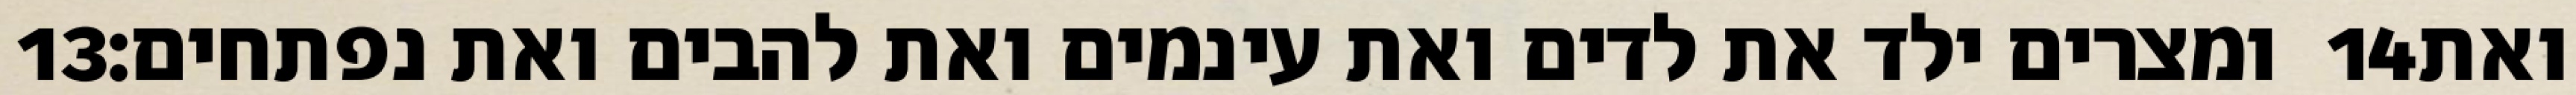
‎13‏ ומצרים ילד את לדים ואת עינמים ואת להבים ואת נפתחים׃ ‎14‏ ואת